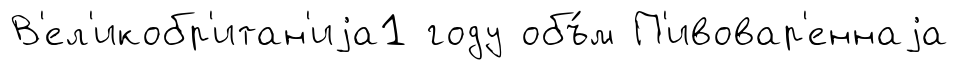
В'ел'икобр'итан'иjа1 году объ́м П'ивовар'еннаjа